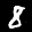
Label: 8